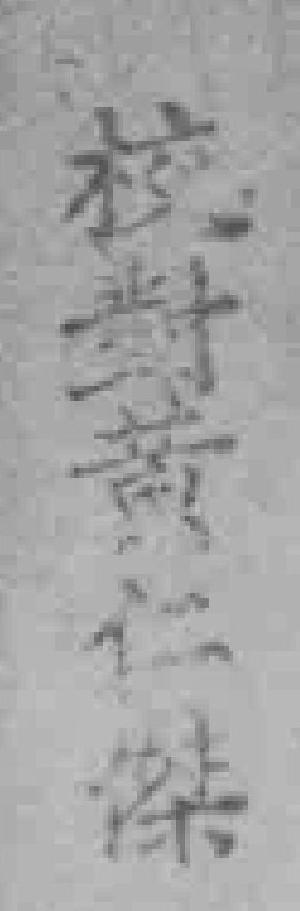
校對黄仁*